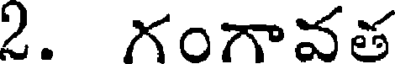
2. గంగావత